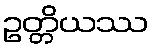
ဥတ္တိယဿ